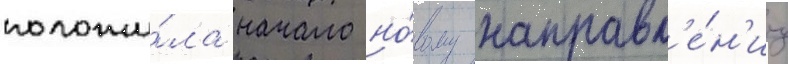
положи́ла начало но́вому направл'е́н'иу